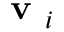
\textbf { v } _ { i }